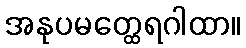
အနုပမတ္ထေရဂါထာ။